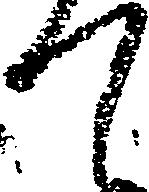
て